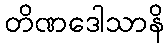
တိဏဒေါသာနိ